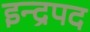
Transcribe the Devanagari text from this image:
इन्द्रपद